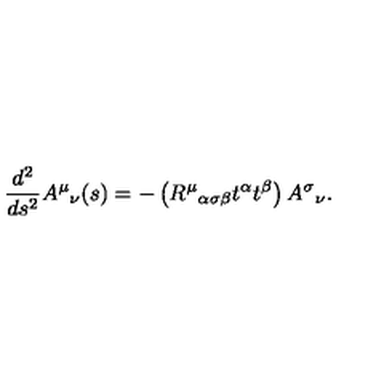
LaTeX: { \frac { d ^ { 2 } } { d s ^ { 2 } } } A ^ { \mu } { } _ { \nu } ( s ) = - \left( R ^ { \mu } { } _ { \alpha \sigma \beta } t ^ { \alpha } t ^ { \beta } \right) A ^ { \sigma } { } _ { \nu } .